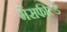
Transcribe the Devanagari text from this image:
मेंसफील्ड